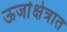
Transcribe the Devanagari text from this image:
ऊर्जाक्षेत्रात